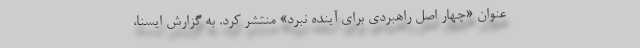
عنوان «چهار اصل راهبردی برای آینده نبرد» منتشر کرد. به گزارش ایسنا،